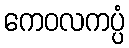
ကေဝလကပ္ပံ